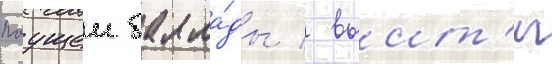
поущеи балла́ды / выит'и